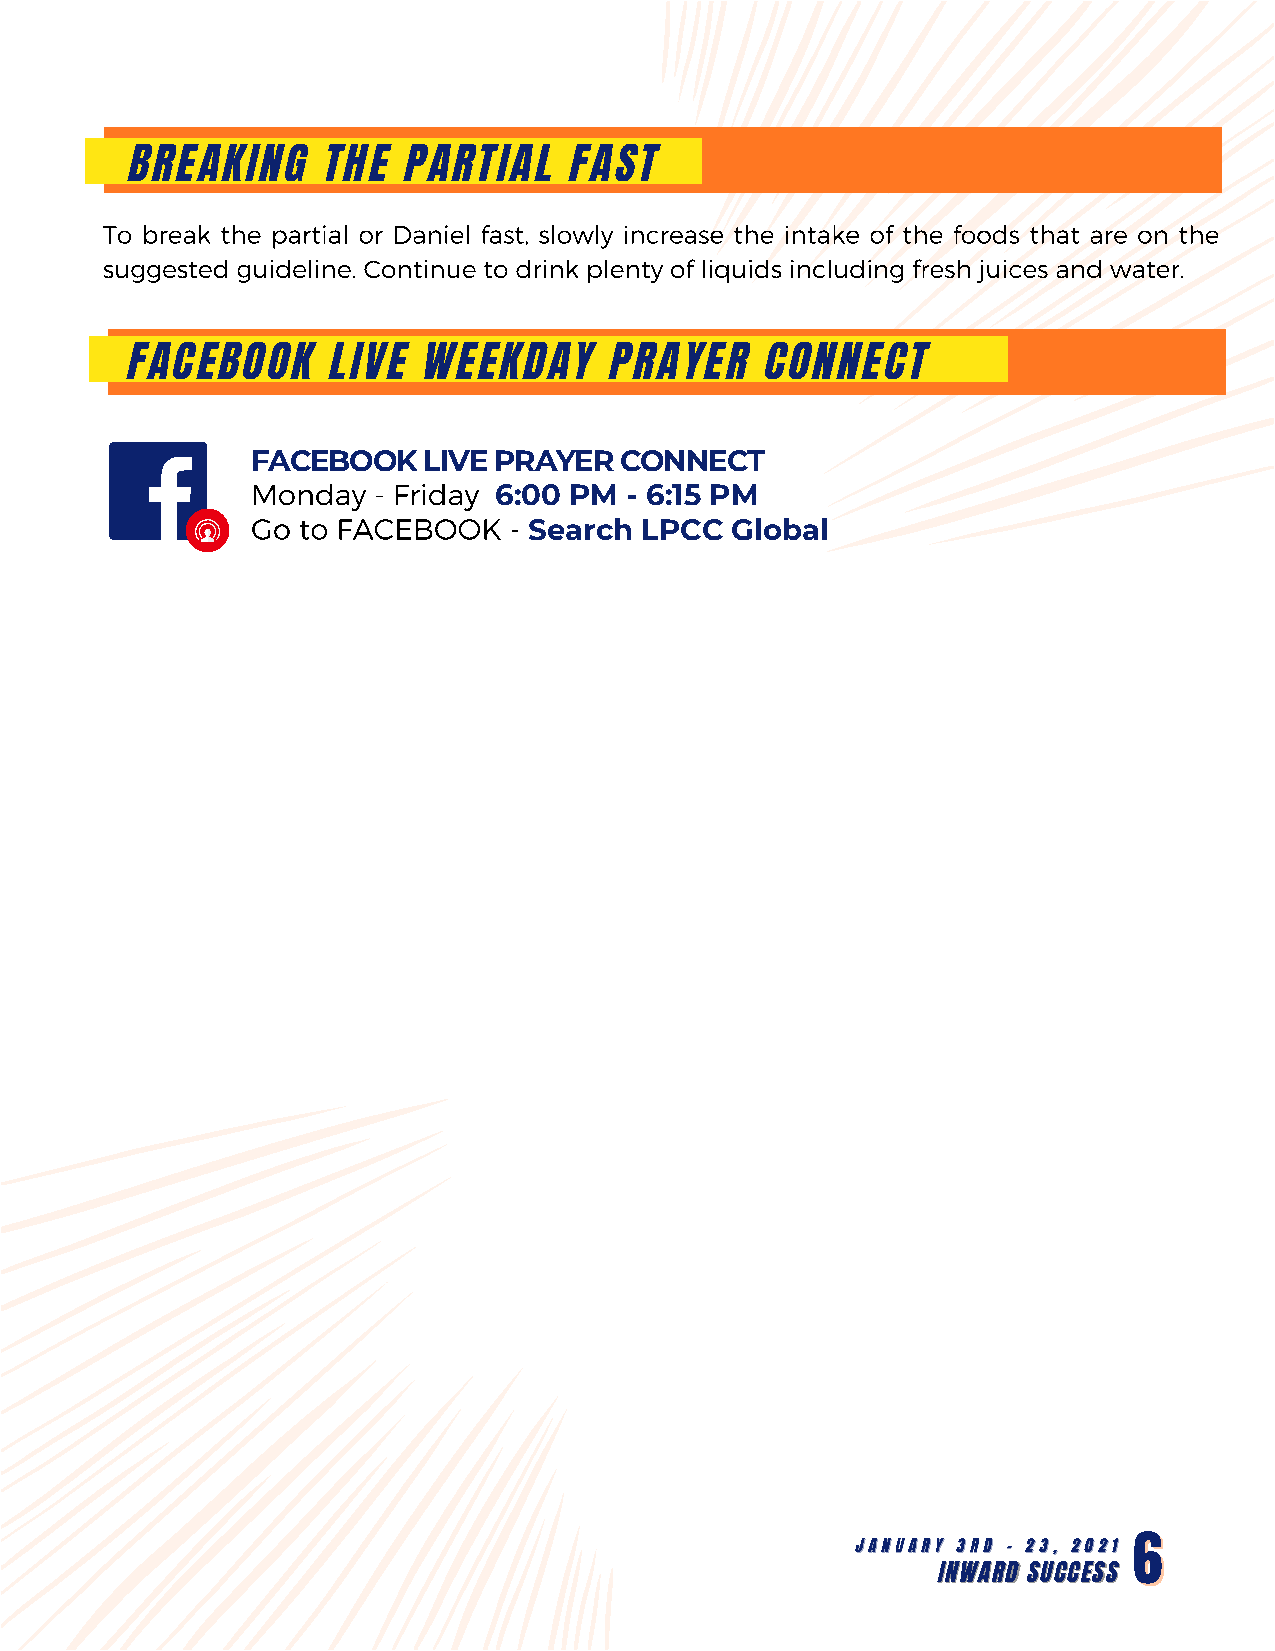
BREAKING    THE   PARTIAL    FAST
 To break the partial or Daniel fast, slowly increase the intake of the foods that are on the
 suggested guideline. Continue to drink plenty of liquids including fresh juices and water.
 FACEBOOK     LIVE  WEEKDAY     PRAYER     CONNECT
 FACEBOOK   LIVE PRAYER  CONNECT
 Monday  - Friday
 6:00 PM - 6:15 PM
 Go to FACEBOOK   -
 Search LPCC  Global
 JJAANNUUAARRYY 33RRDD -- 2233,, 22002211 66
 IINNWWAARRDD SSUUCCCCEESSSS